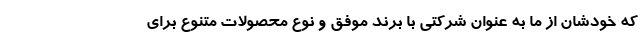
که خودشان از ما به عنوان شرکتی با برند موفق و نوع محصولات متنوع برای